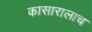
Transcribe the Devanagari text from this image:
कासारालाच